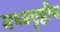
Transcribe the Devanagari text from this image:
मध्यपृष्ठीय